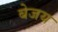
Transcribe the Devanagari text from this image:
बेजय